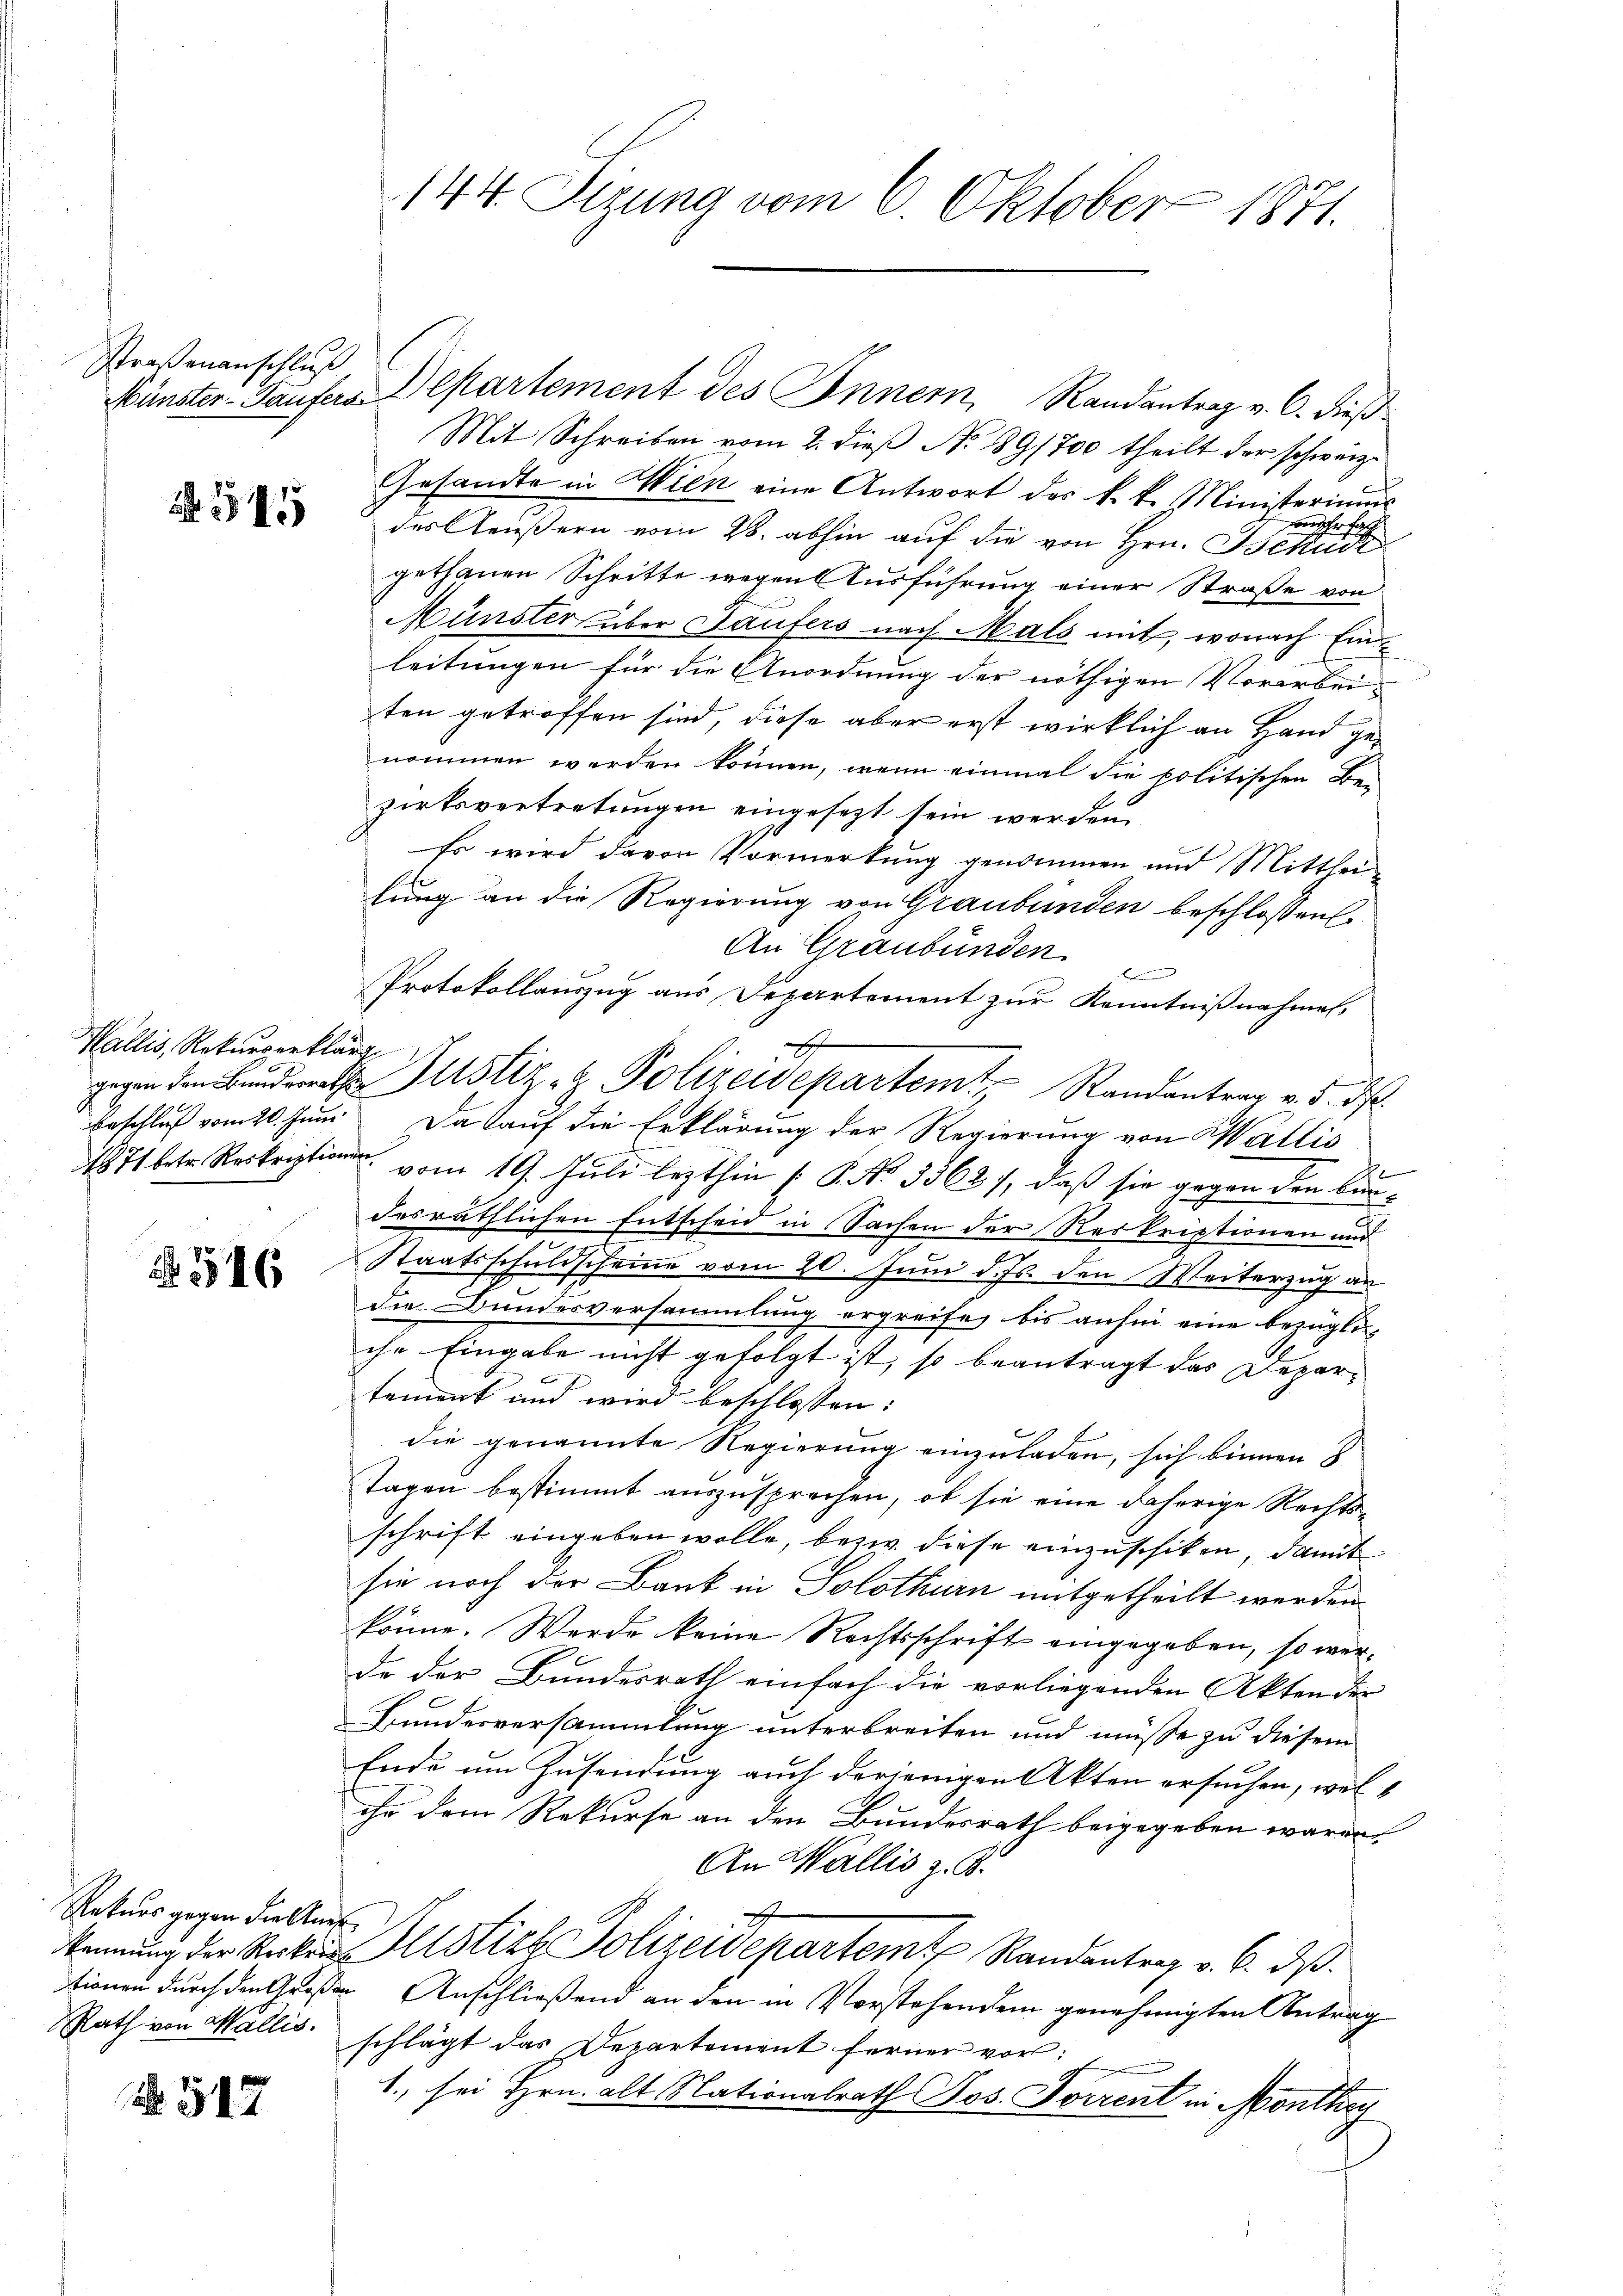
Straßenanschluß

A 1541

Wallis, Rekurserklärt

516

Rekurs gegen die Ausf

N 517

144 Sizung vom 6. Oktober 1871.

Münster-Haufera partement des Inner, Randantrag v. 6. dieß¬
Mit Schreiben vom 2. dieβ No 891700 theilt der schweiz.
Gesandte in Wien eine Antwort des k. k. Ministeriums
oher solch
des Aeußern vom 28. abhin auf die von Hrn. Behusi
gethanen Schritte wegen Ausführung einer Straße von
Münster über Laufers nach Mals mit, wonach Einleitungen für die Anordnung der nöthigen Vorarbeiten getroffen sind, diese aber erst wirklich an Hand genommen werden können, wenn einmal die politischen Be-
zirksvertretungen eingesezt sein werden.
Es wird davon Vormerkung genommen und Mittheilung an die Regierung von Graubünden beschlossen
An Graubünden.
Brunnen
Protokollauszug aus Departement zur Kenntnißnahmen.
gegen den Bunderath Justiz- & Polizeidepartemt, Randantrag v. 5. ds.
Beschluß vom 20. Juni. Da kauf die Erklärung der Regierung von Wallis
f
1871 betr. Reskript vom 19. Juli lezthin ( P. Nr. 3362), daß sie gegen den Bundesräthlichen Entscheid in Sachen der Reskriptionen und
Staatsschuldscheine vom 20. Juni d. Js. den Weiterzug an
die Bundesversammlung ergreife, bis anhin eine bezügliche Eingabe nicht gefolgt ist, so beantragt das Deparc
tement und wird beschlossen:
die genannte Regierung einzuladen, sich binnen 8
Tagen bestimmt auszusprechen, ob sie eine daherige Rechts-
schrift eingeben wolle, bezw. diese einzuschiken, damit
sie noch der Bank in Solothurn mitgetheilt werden
könne. Werde keine Rechtsschrift eingegeben, so werde der Bundesrath einfach die vorliegenden Akten der
Bundesversammlung unterbreiten und müsse zu diesem
Ende um Zusendung auch derjenigen Akten ersuchen, wels
ihe dem Rekurse an den Bundesrath beigegeben wären.
An Wallis z. B.
kennung der Rockers Altsties Polizeidepartem Randantrag v. 6. ds.
tionen durch den Großer Anschließend an den in Vorstehendem genehmigten Antrag
Rath von Wallis. schlägt das Departement ferner vor:
1., sei Hrn. alt Nationalrath Jos. Forrent in Monthey